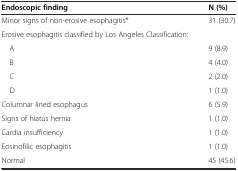
<table><thead><tr><td><b>Endoscopic finding</b></td><td><b>N (%)</b></td></tr></thead><tbody><tr><td>Minor signs of non-erosive esophagitis*</td><td>31 (30.7)</td></tr><tr><td>Erosive esophagitis classified by Los Angeles Classification:</td><td></td></tr><tr><td> A</td><td>9 (8.9)</td></tr><tr><td> B</td><td>4 (4.0)</td></tr><tr><td> C</td><td>2 (2.0)</td></tr><tr><td> D</td><td>1 (1.0)</td></tr><tr><td>Columnar lined esophagus</td><td>6 (5.9)</td></tr><tr><td>Signs of hiatus hernia</td><td>1 (1.0)</td></tr><tr><td>Cardia insufficiency</td><td>1 (1.0)</td></tr><tr><td>Eosinofilic esophagitis</td><td>1 (1.0)</td></tr><tr><td>Normal</td><td>45 (45.6)</td></tr></tbody></table>